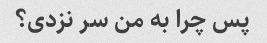
پس چرا به من سر نزدی؟